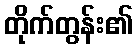
တိုက်တွန်း၏